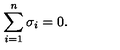
\sum _ { i = 1 } ^ { n } \sigma _ { i } = 0 .